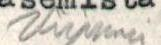
Viipuri